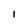
Character: I